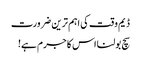
ڈیم وقت کی اہم ترین ضرورت
سچ بولنا اس کا جرم ہے!